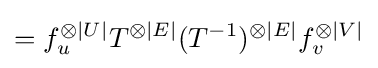
=f_{u}^{\otimes |U|}T^{\otimes |E|}(T^{-1})^{\otimes |E|}f_{v}^{\otimes |V|}